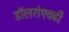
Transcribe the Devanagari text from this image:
डॉलरांएवढी